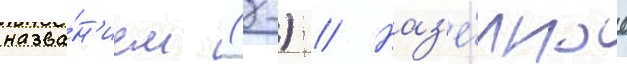
назва́н'ием (-) // Наз'е́мное